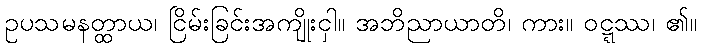
ဥပသမနတ္ထာယ၊ ငြိမ်းခြင်းအကျိုးငှါ။ အဘိညာယာတိ၊ ကား။ ဝဋ္ဋဿ၊ ၏။